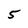
Character: 5